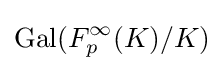
\mathrm {Gal} (F_{p}^{\infty }(K)/K)